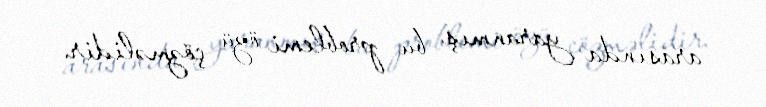
arasında yaranmış bu problemi özü çözməlidir.